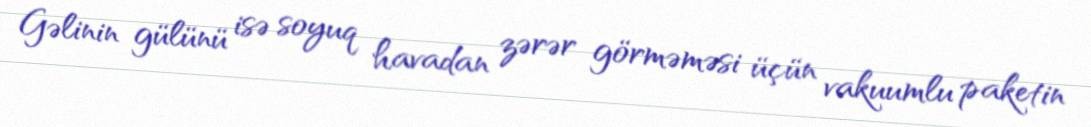
Gəlinin gülünü isə soyuq havadan zərər görməməsi üçün vakuumlu paketin